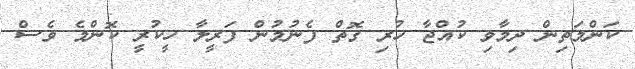
ކަންމަތިން ދިމާވި ކުއްޖާ ހުރި ގޮތް ފެނުމުން ފަރީލާ ހީކުރީ ކޮންމެ ވެސް